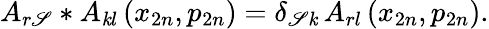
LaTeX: A_{r\mathscr{S}}*A_{\mathit{k}l}\left(x_{2n},p_{2n}\right)=\delta_{\mathscr{S}\mathit{k}}\, A_{rl}\left(x_{2n},p_{2n}\right).